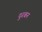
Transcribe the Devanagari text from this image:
दुरबन